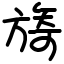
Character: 旖